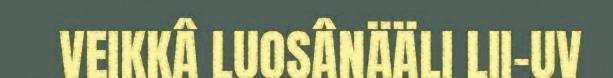
VEIKKÂ LUOSÂNÄÄLI LII-UV